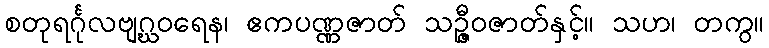
စတုရင်္ဂုလဗျဂ္ဃဝရေန၊ ဧကပဏ္ဏဇာတ် သဉ္ဇီဝဇာတ်နှင့်။ သဟ၊ တကွ။